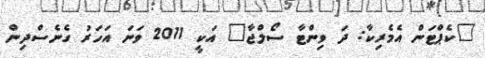
"ކެޕްޓަން އެމެރިކާ: ދަ ވިންޓާ ސޯލްޖާ" އަކީ 2011 ވަނަ އަހަރު ގެނެސްދިން